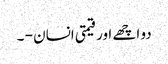
دو اچھے اور قیمتی انسان - ۔